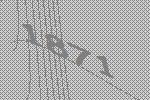
1871